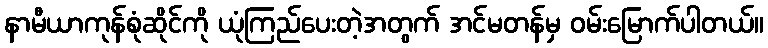
နာမီယာကုန်စုံဆိုင်ကို ယုံကြည်ပေးတဲ့အတွက် အင်မတန်မှ ဝမ်းမြောက်ပါတယ်။